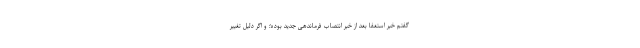
گفتم خبر استعفا بعد از خبر انتصاب فرماندهی جدید بوده؛ و اگر دلیل تغییر